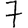
Digit: 7